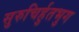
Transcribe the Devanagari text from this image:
सुरुचिर्हुतभुग